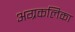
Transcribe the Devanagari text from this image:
अग्रकलिका